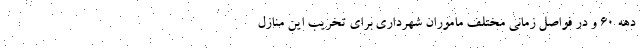
دهه 60 و در فواصل زمانی مختلف ماموران شهرداری برای تخریب این منازل